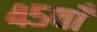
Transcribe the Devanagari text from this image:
४५वाँ